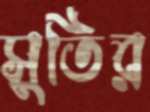
সুতির